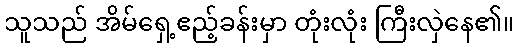
သူသည် အိမ်ရှေ့ဧည့်ခန်းမှာ တုံးလုံး ကြီးလှဲနေ၏။